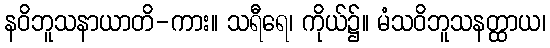
နဝိဘူသနာယာတိ-ကား။ သရီရေ၊ ကိုယ်၌။ မံသဝိဘူသနတ္ထာယ၊